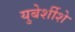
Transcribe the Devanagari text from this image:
युबेर्शीशे